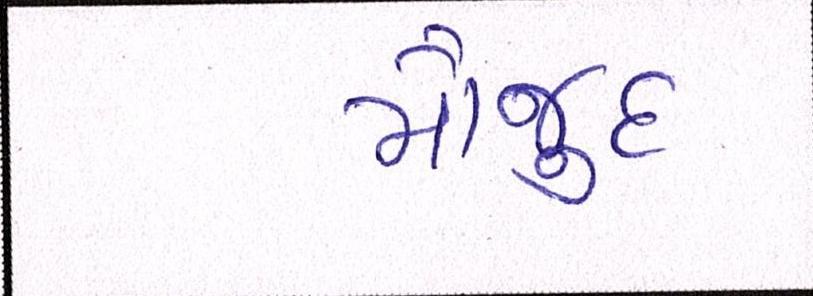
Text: મૌજુદ